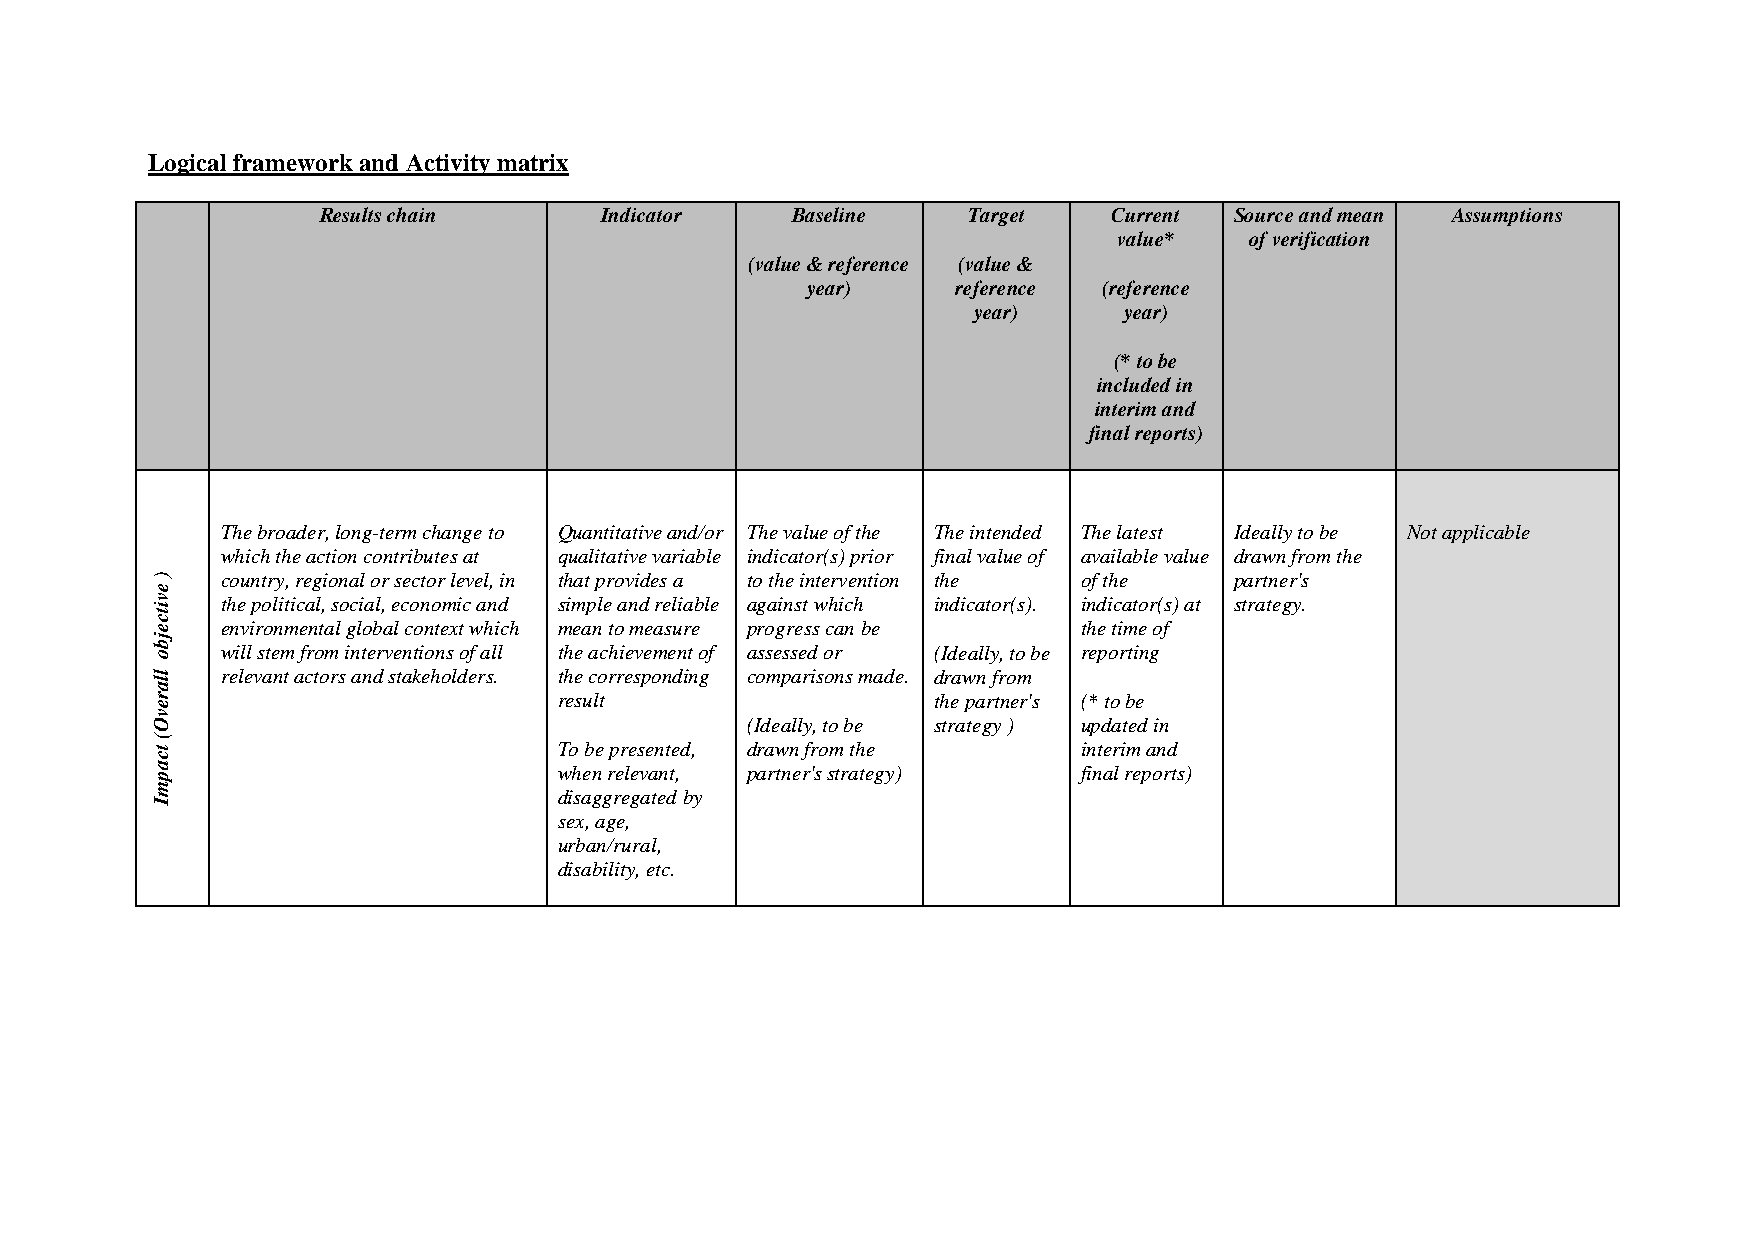
Logical framework and Activity matrix
 Results chain      Indicator   Baseline    Target    Current Source and mean Assumptions
 value*   of verification
 (value & reference (value &
 year)     reference (reference
 year)     year)
 (* to be
 included in
 interim and
 final reports)
 The broader, long-term change to Quantitative and/or The value of the The intended The latest Ideally to be Not applicable
 which the action contributes at qualitative variable indicator(s) prior final value of available value drawn from the
 )    country, regional or sector level, in that provides a to the intervention the of the partner's
 e
 v    the political, social, economic and simple and reliable against which indicator(s). indicator(s) at strategy.
 itc
 e    environmental global context which mean to measure progress can be the time of
 jb
 o    will stem from interventions of all the achievement of assessed or (Ideally, to be reporting
 lla  relevant actors and stakeholders. the corresponding comparisons made. drawn from
 r                          result                   the partner's (* to be
 e
 v
 O                                      (Ideally, to be strategy ) updated in
 (
 tc                         To be presented, drawn from the    interim and
 a                          when relevant, partner's strategy) final reports)
 p
 m
 disaggregated by
 I
 sex, age,
 urban/rural,
 disability, etc.